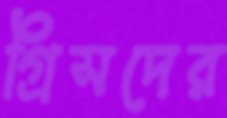
গ্রিসদের